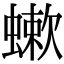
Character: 𧐁